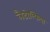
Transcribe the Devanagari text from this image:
लैडोल्फिया